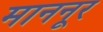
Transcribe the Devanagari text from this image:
माननूर